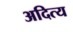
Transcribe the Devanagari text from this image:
अदित्य